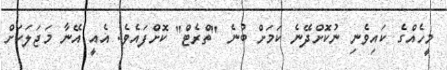
މީހެއްގެ ކައިވެނި ނުކޮށްދޭނެ ކަމަށް ބުނެ "ތްރެޓް" ކޮށްފައެވެ. އެއީ އޭނާ މަޖަލަކަށް